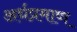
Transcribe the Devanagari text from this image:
अर्धप्रमाण